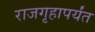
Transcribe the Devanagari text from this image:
राजगृहापर्यंत